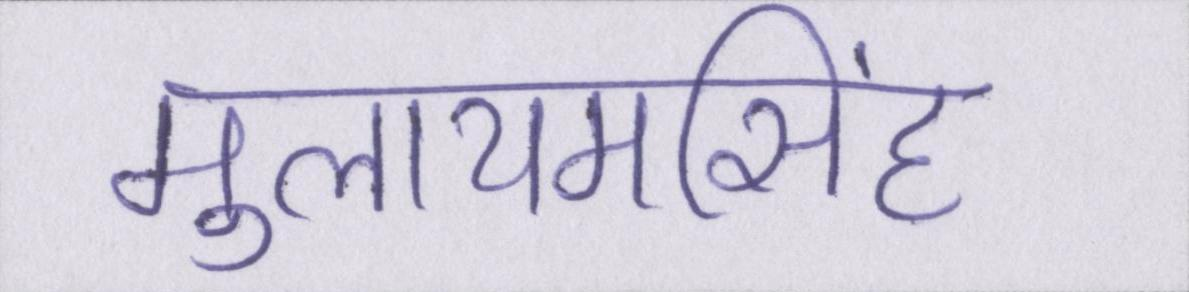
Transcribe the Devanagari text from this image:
मुलायमसिंह